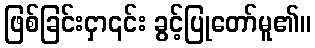
ဖြစ်ခြင်းငှာ၎င်း ခွင့်ပြုတော်မူ၏။